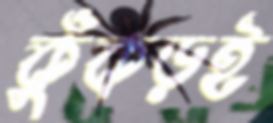
কুঁকড়ই